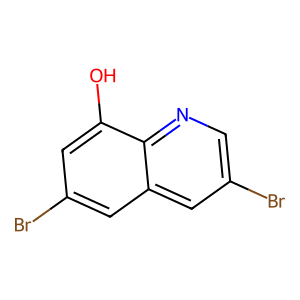
SMILES: Oc1cc(Br)cc2cc(Br)cnc12
Inhibits HIV replication: No